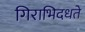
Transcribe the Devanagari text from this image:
गिराभिदधते